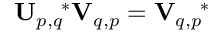
\mathbf { U } _ { p , q } ^ { \quad \ast } \mathbf { V } _ { q , p } = \mathbf { V } _ { q , p } ^ { \quad \ast }